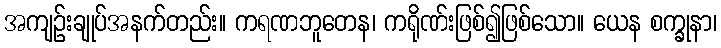
အကျဉ်းချုပ်အနက်တည်း။ ကရဏဘူတေန၊ ကရိုဏ်းဖြစ်၍ဖြစ်သော။ ယေန စက္ခုနာ၊